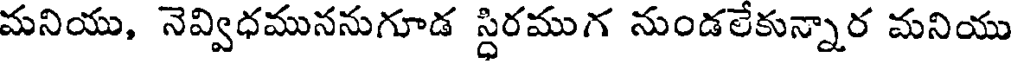
మనియు, నెవ్విధముననుగూడ స్ధిరముగ నుండలేకున్నార మనియు